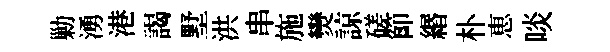
勦湧港謁墅洪串施𤓖諒磋節緡朴恵啖